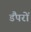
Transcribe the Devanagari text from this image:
डैंपरों